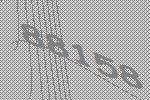
88158